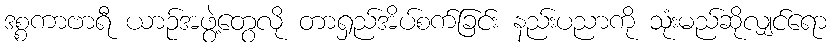
ဒစ္စကာဗာရီ ယာဉ်အဖွဲ့တွေလို တာရှည်အိပ်စက်ခြင်း နည်းပညာကို သုံးမည်ဆိုလျှင်ရော